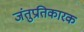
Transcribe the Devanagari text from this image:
जंतुप्रतिकारक